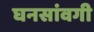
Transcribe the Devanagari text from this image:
घनसांवगी